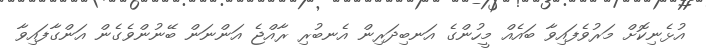
އުޅެނިކޮށް މަރުވެފައިވާ ބައެއް މީހުންގެ އަނބިދަރިން އެނބުރި ރާއްޖެ އަންނަން ބޭނުންވެގެން އަންގާފައިވާ